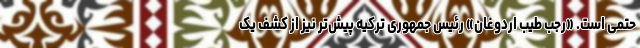
حتمی است. «رجب طیب اردوغان» رئیس جمهوری ترکیه پیش‌تر نیز از کشف یک